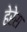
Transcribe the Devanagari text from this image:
हेरेस